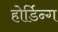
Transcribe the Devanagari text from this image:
होर्डिन्ग